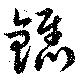
鐫